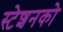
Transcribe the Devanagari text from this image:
स्टेशनको